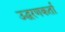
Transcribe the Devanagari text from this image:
उद्धरणकर्ता